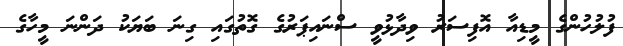
ފުލުހުންގެ މީޑިއާ އޮފިސަރު ވިދާޅުވީ ސްނައިޕަރުގެ ގޮތުގައި ގިނަ ބަޔަކު ދަންނަ މީހާގެ